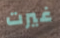
غيرت